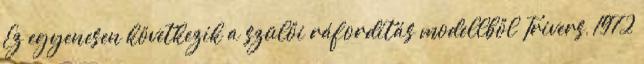
Ez egyenesen következik a szülői ráfordítás modellből Trivers, 1972